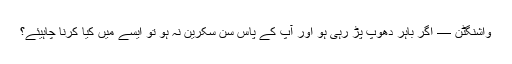
واشنگٹن — اگر باہر دھوپ پڑ رہی ہو اور آپ کے پاس سن سکرین نہ ہو تو ایسے میں کیا کرنا چاہیئے؟